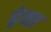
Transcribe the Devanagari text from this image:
ब्रे़क्स